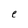
Character: e